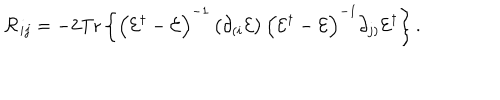
{ \cal R } _ { i j } = - 2 \mathrm { T r } \left\{ \left( { \cal E } ^ { \dagger } - { \cal E } \right) ^ { - 1 } \left( \partial _ { ( i } { \cal E } \right) \left( { \cal E } ^ { \dagger } - { \cal E } \right) ^ { - 1 } \partial _ { j ) } { \cal E } ^ { \dagger } \right\} .